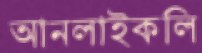
আনলাইকলি